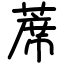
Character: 蓆